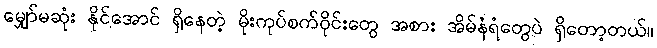
မျှော်မဆုံး နိုင်အောင် ရှိနေတဲ့ မိုးကုပ်စက်ဝိုင်းတွေ အစား အိမ်နံရံတွေပဲ ရှိတော့တယ်။